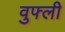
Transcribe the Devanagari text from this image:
वुफ्ली